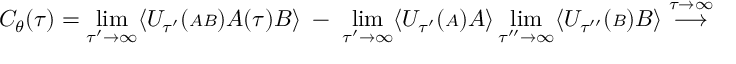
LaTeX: C _ { \theta } ( \tau ) = \operatorname * { l i m } _ { \tau ^ { \prime } \rightarrow \infty } \langle { \cal U } _ { \tau ^ { \prime } } ( { \scriptstyle { \cal A B } } ) { \cal A } ( \tau ) { \cal B } \rangle \; - \; \operatorname * { l i m } _ { \tau ^ { \prime } \rightarrow \infty } \langle { \cal U } _ { \tau ^ { \prime } } ( { \scriptstyle { \cal A } } ) { \cal A } \rangle \operatorname * { l i m } _ { \tau ^ { \prime \prime } \rightarrow \infty } \langle { \cal U } _ { \tau ^ { \prime \prime } } ( { \scriptstyle { \cal B } } ) { \cal B } \rangle \stackrel { \tau \rightarrow \infty } { \longrightarrow }